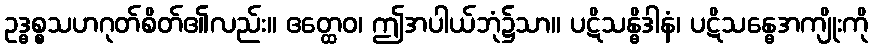
ဥဒ္ဓစ္စသဟဂုတ်စိတ်၏လည်း။ ဧတ္ထေဝ၊ ဤအပါယ်ဘုံ၌သာ။ ပဋိသန္ဓိဒါနံ၊ ပဋိသန္ဓေအကျိုးကို